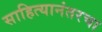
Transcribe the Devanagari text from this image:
साहित्यानंतरचा